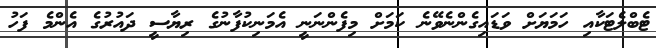
ޓެބްލެޓަކާއި ހަމަޔަށް ވަޑައިގެންނެވޭނެ ކަމަށް މިފެންނަނީ އެމަނިކުފާނުގެ ރިޔާސީ ދައުރުގެ އެންމެ ފަހު